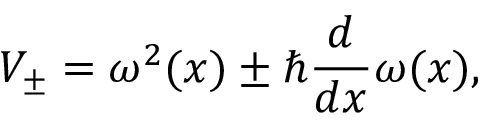
V _ { \pm } = \omega ^ { 2 } ( x ) \pm \hbar \frac { d } { d x } \omega ( x ) ,